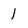
Character: I